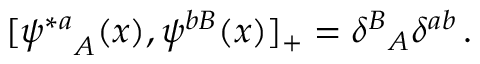
[ { \psi ^ { * a } } _ { A } ( x ) , \psi ^ { b B } ( x ) ] _ { + } = { \delta ^ { B } } _ { A } \delta ^ { a b } \, .